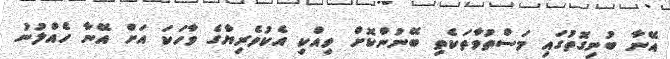
އޭނާ ބުނިގޮތުގައި މަސްތުވާތަކެތި ބޭނުންކޮށް ވިއްކި އެކުވެރިޔާގެ ވާހަކަ އަށް އޭނާ ހެއްލުނު